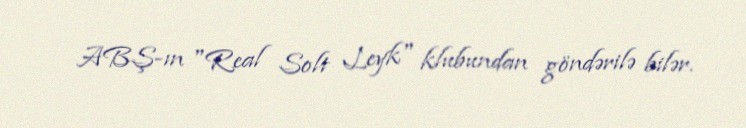
ABŞ-ın "Real Solt Leyk" klubundan göndərilə bilər.